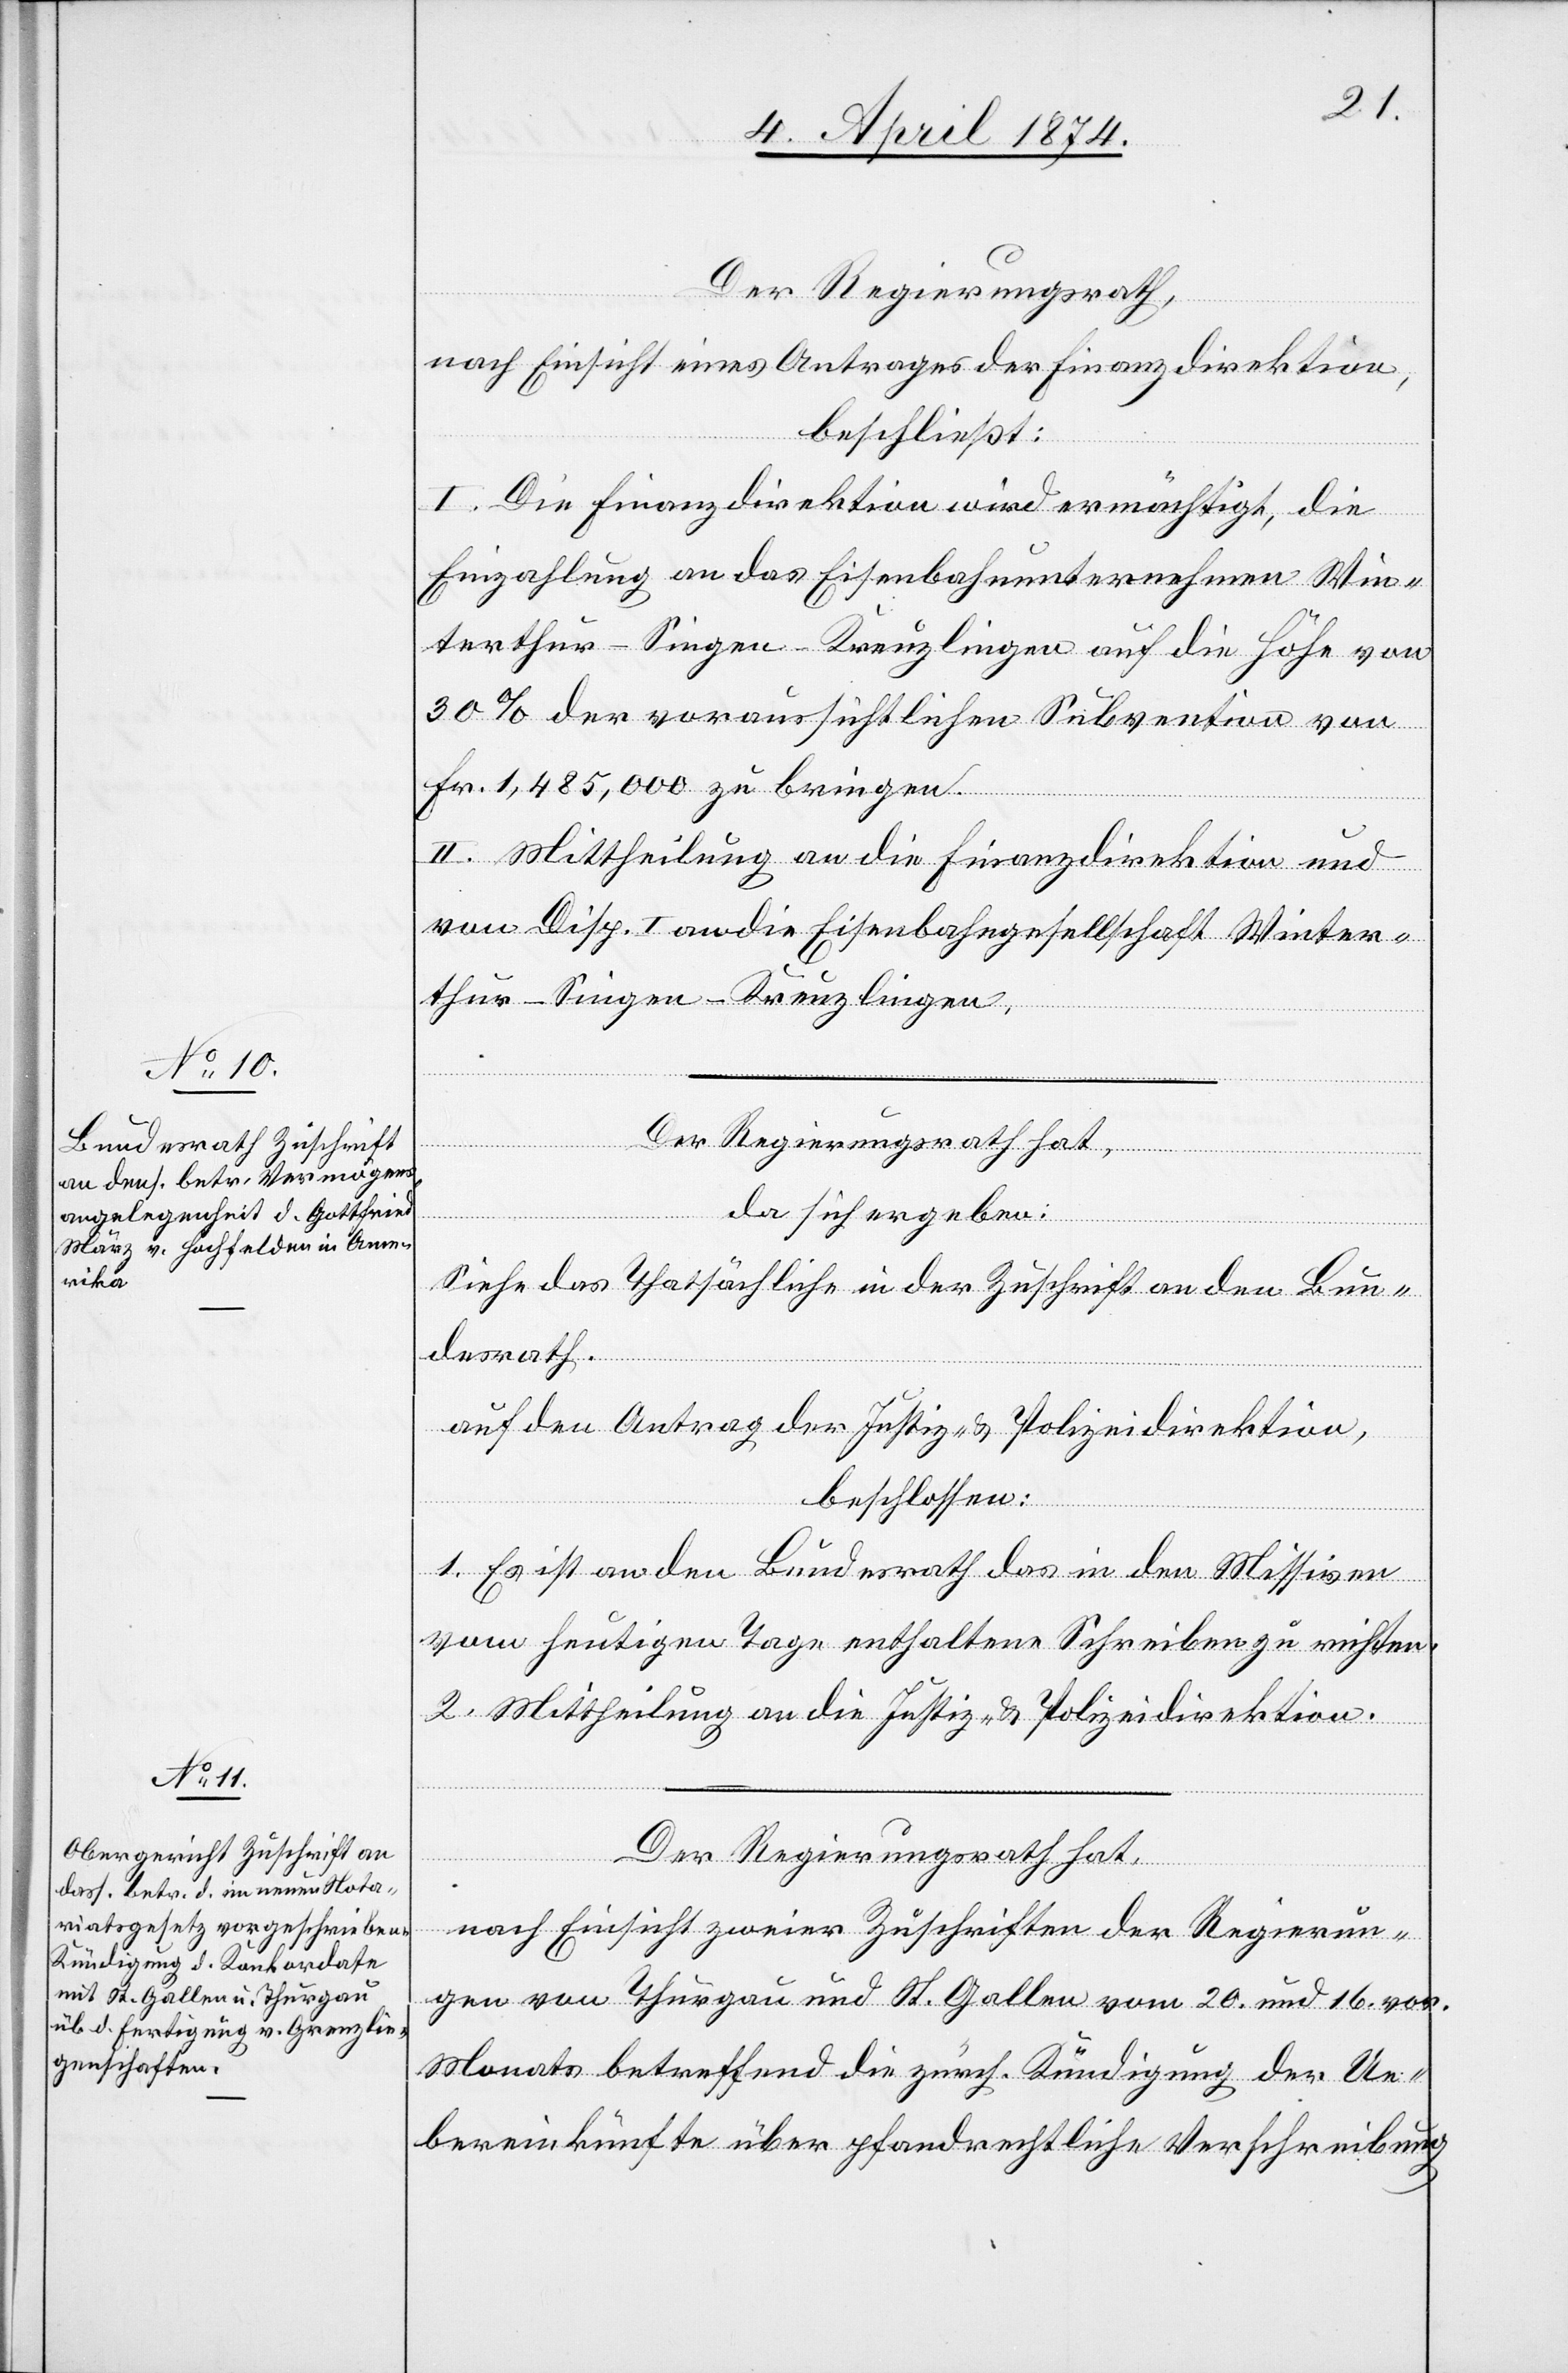
Der Regierungsrath,
nach Einsicht eines Antrages der Finanzdirektion,
beschließt:
I. Die Finanzdirektion wird ermächtigt, die
Einzahlung an das Eisenbahnunternehmen Win¬
terthur-Singen-Kreuzlingen auf die Höhe von
30% der voraussichtlichen Subvention von
Fr. 1,485,000 zu bringen.
II. Mittheilung an die Finanzdirektion und
von Disp. I. an die Eisenbahngesellschaft Winter¬
thur-Singen-Kreuzlingen.
Der Regierungsrath hat,
da sich ergeben:
Siehe das Thatsächliche in der Zuschrift an den Bun¬
desrath.
auf den Antrag der Justiz- u. Polizeidirektion,
beschlossen:
1. Es ist an den Bundesrath das in den Missiven
vom heutigen Tage enthaltene Schreiben zu richten.
2. Mittheilung an die Justiz- u. Polizeidirektion.
Der Regierungsrath hat,
nach Einsicht zweier Zuschriften der Regierun¬
gen von Thurgau und St. Gallen vom 20. und 16. vor.
Monats betreffend die zürch. Kündigung der Ue¬
bereinkünfte über pfandrechtliche Verschreibung